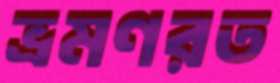
ভ্রমণরত